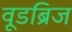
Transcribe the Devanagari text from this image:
वूडब्रिज